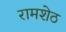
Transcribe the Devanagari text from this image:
रामशेठ